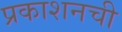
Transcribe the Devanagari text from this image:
प्रकाशनची